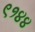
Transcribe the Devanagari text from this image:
९१४४